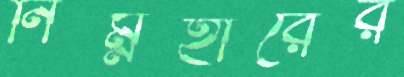
নিম্নহারের